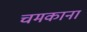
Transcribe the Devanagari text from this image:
चमकाना